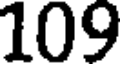
109